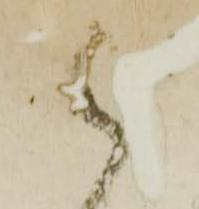
被